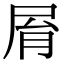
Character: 𡱑